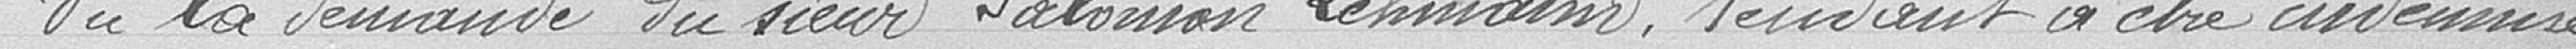
Vu la demande du sieur Salomon Lehmann, tendant à être indemnisé